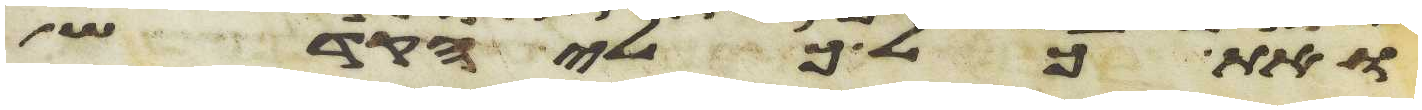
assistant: ואת כל כלי הקדש